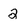
Character: 2